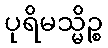
ပုရိမသ္မိဉ္စ